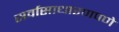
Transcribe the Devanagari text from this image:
सर्वासाधारणपणे